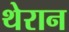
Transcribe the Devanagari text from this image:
थेरान